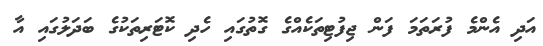
އަދި އެންމެ ފުރަތަމަ ފަން ޖިފުޓިތަކެއްގެ ގޮތުގައި ހެދި ކޮޓަރިތަކުގެ ބަދަލުގައި އާ